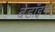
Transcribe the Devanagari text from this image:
बेडॉइन